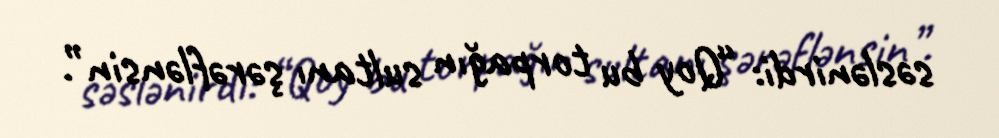
səslənirdi: “Qoy bu torpağın sultanı şərəflənsin”.